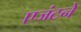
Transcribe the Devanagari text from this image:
एजंटने